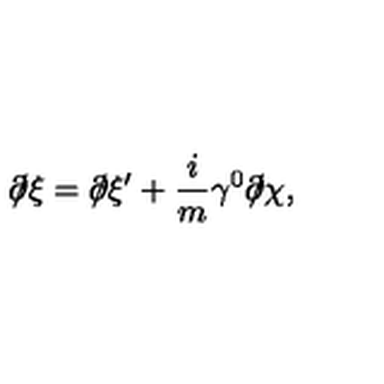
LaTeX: \partial \! \! \! / \xi = \partial \! \! \! / \xi ^ { \prime } + \frac { i } { m } \gamma ^ { 0 } \partial \! \! \! / \chi ,